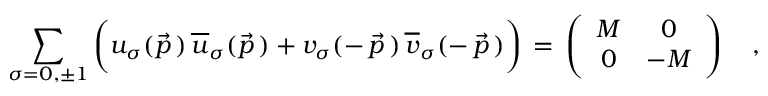
\sum _ { \sigma = 0 , \pm 1 } \bigg ( u _ { \sigma } ( \vec { p } \, ) \, { \overline { { u } } } _ { \sigma } ( \vec { p } \, ) + v _ { \sigma } ( - \, \vec { p } \, ) \, { \overline { { v } } } _ { \sigma } ( - \, \vec { p } \, ) \bigg ) \, = \, \left( \begin{array} { c c } { { { \cal M } } } & { { 0 } } \\ { { 0 } } & { { - { \cal M } } } \end{array} \right) \quad ,